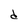
Character: d